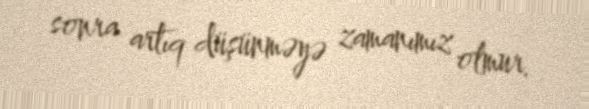
sonra artıq düşünməyə zamanımız olmur.